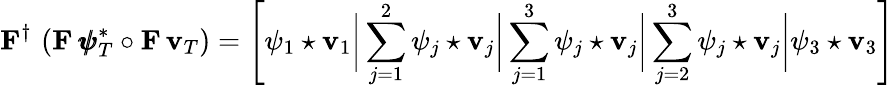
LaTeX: {\mathbf F}^{\dagger}\, \left({\mathbf F}\, {\pmb{\psi}}_{T}^{*}\circ{\mathbf F}\, {\mathbf v}_{T}\right)=\left[\psi_{1}\star{\mathbf v}_{1}\biggr\rvert\sum_{j=1}^{2}\psi_{j}\star{\mathbf v}_{j}\biggr\rvert\sum_{j=1}^{3}\psi_{j}\star{\mathbf v}_{j}\biggr\rvert\sum_{j=2}^{3}\psi_{j}\star{\mathbf v}_{j}\biggr\rvert\psi_{3}\star{\mathbf v}_{3}\right]